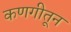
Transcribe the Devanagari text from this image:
कणगीतून